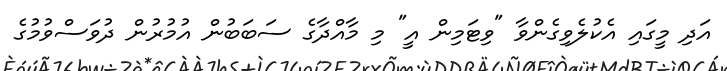
އަދި މީގައި އެކުލެވިގެންވާ "ވިޓަމިން އީ" މި މާއްދާގެ ސަބަބުން އުމުރުން ދުވަސްވުމުގެ